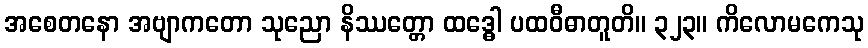
အစေတနော အဗျာကတော သုညော နိဿတ္တော ထဒ္ဓေါ ပထဝီဓာတူတိ။ ၃၂၃။ ကိလောမကေသု